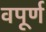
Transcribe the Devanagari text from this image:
वपूर्ण